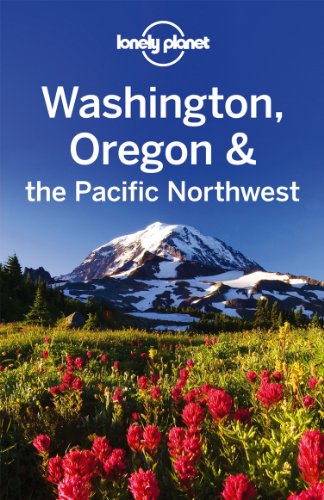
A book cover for Lonely Planet Washington, Oregon & the Pacific Northwest (Travel Guide); Lonely Planet; Travel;